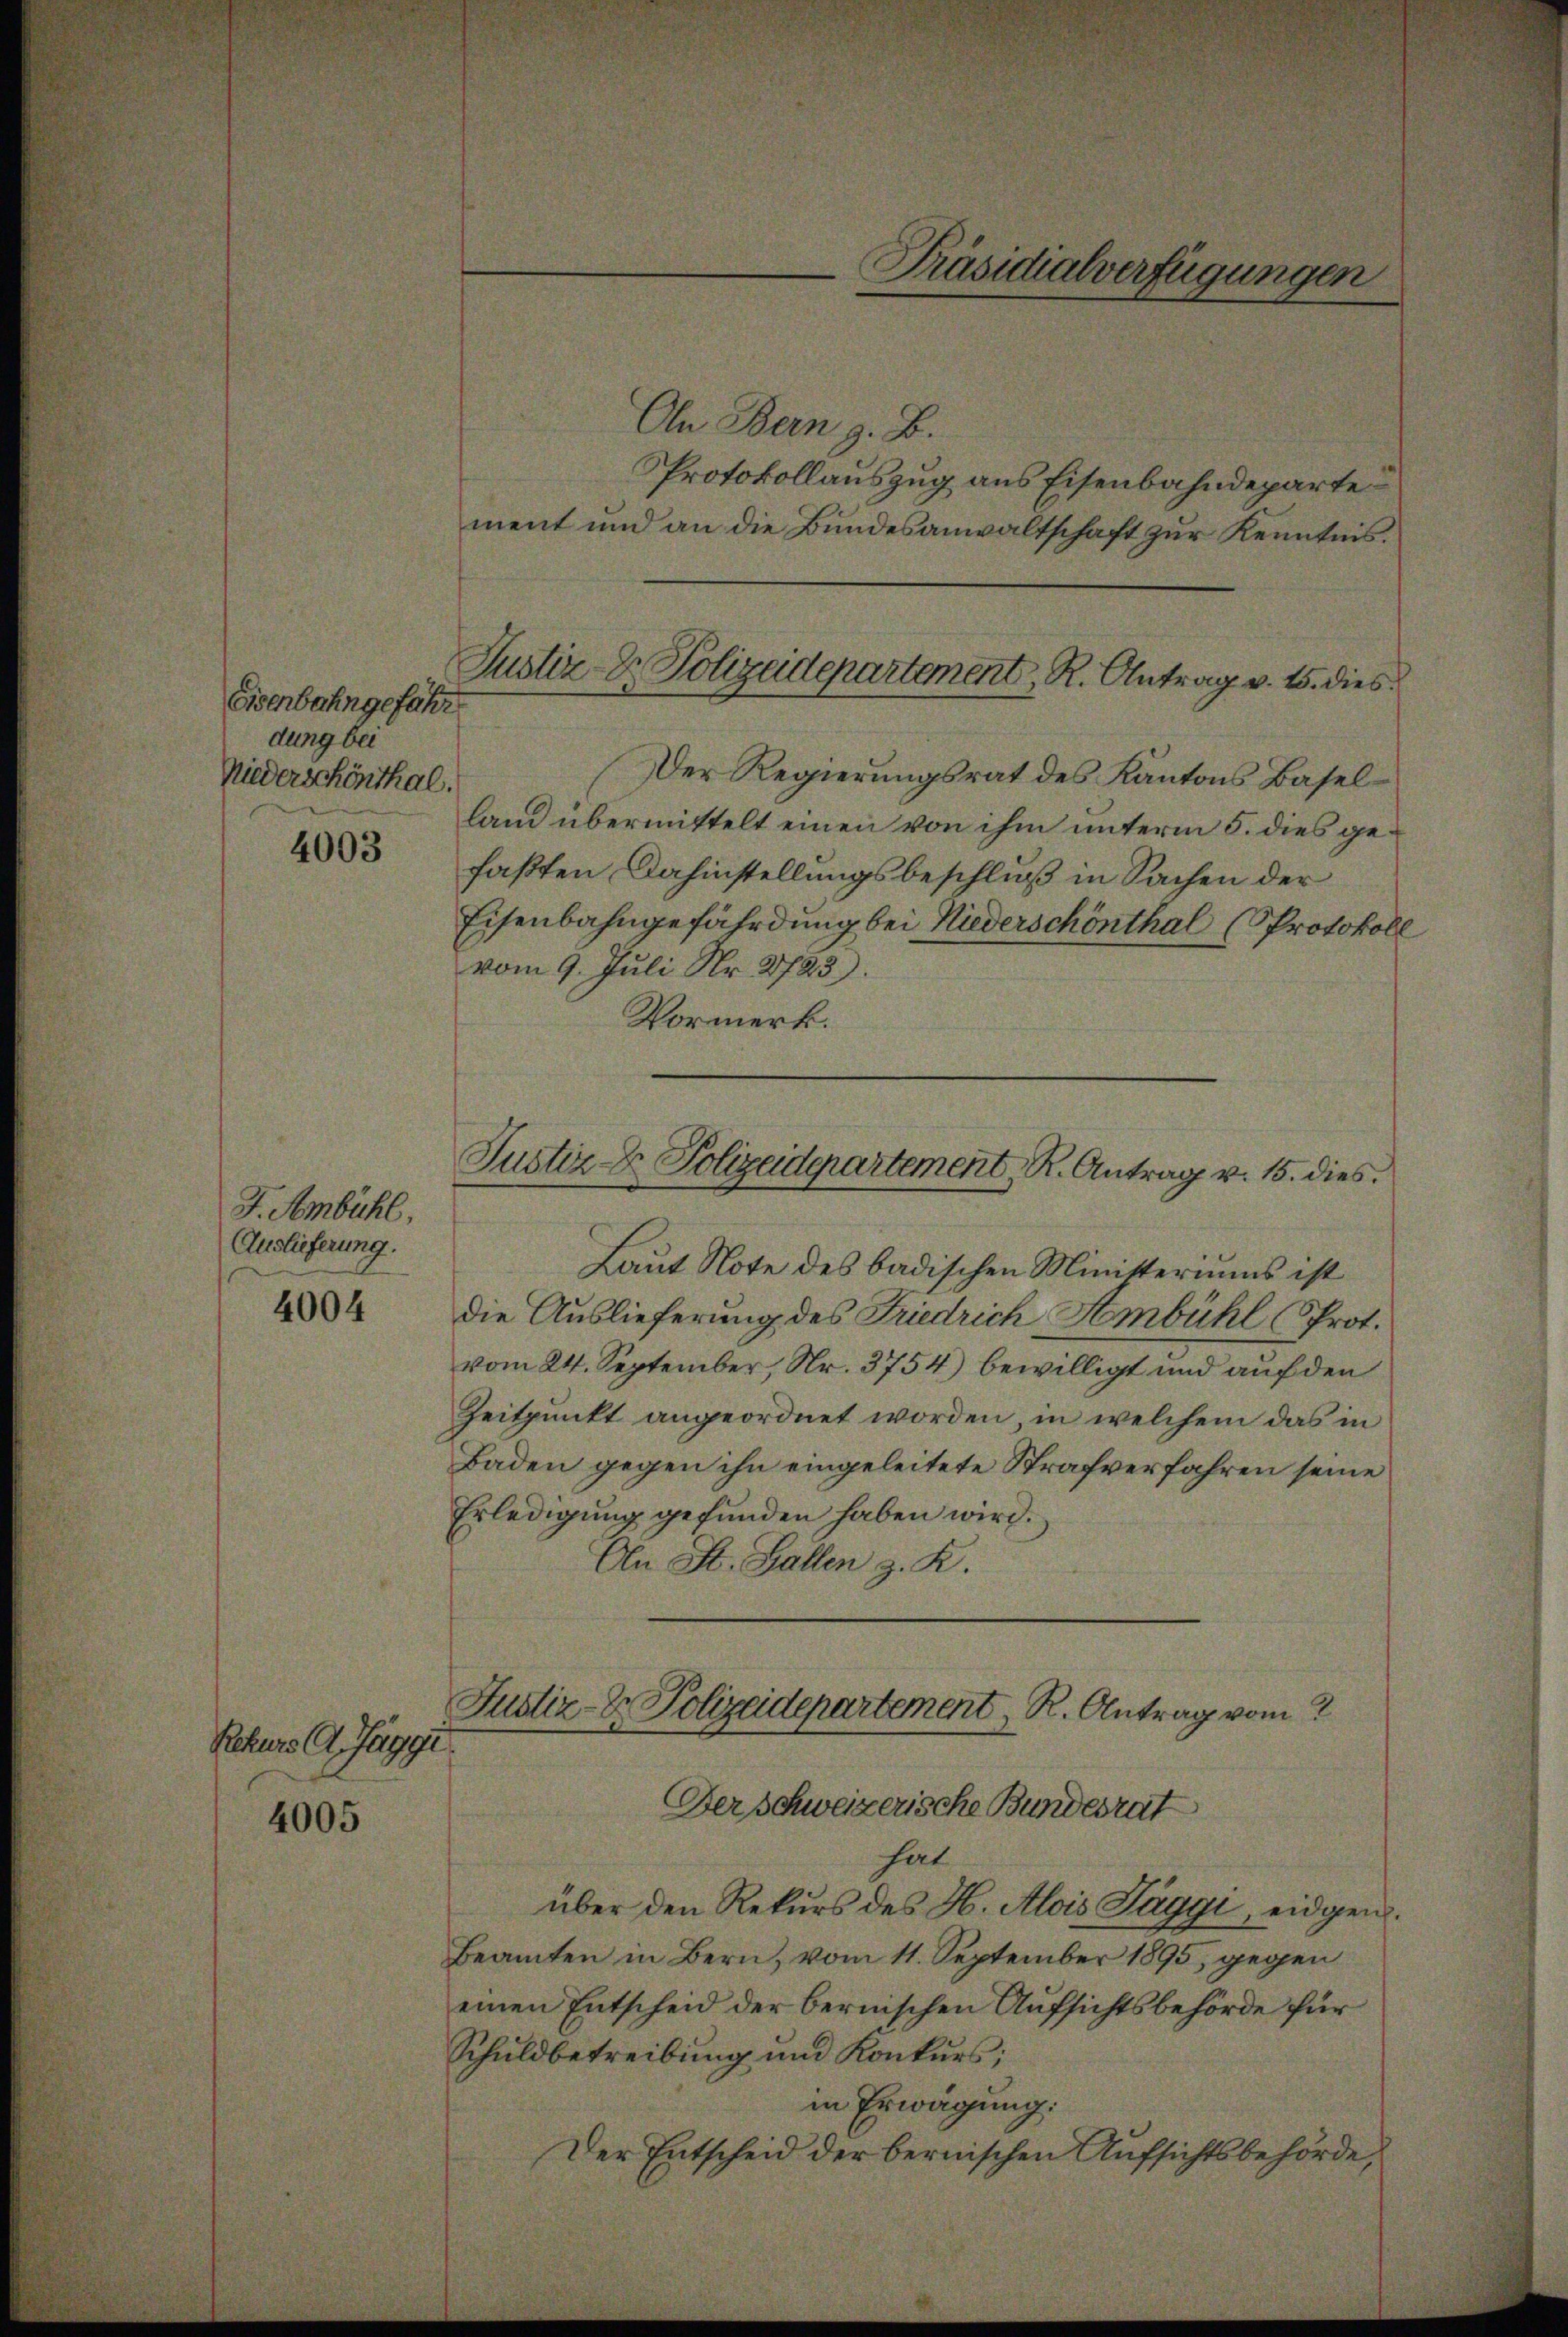
Eisenbahngefähr
dung bei
Niederschönthal.

4003

J. Ambühl,
Auslieferung.
4004

Rekurs G. Jaggi
4005

On Bern z. B.
Protokollauszug aus Eisenbahndeparte
ment und an die Bundesanwaltschaft zur Kenntnis.
Der Regierungsrat des Kantons Baselland übermittelt einen von ihm unterm 5. dies gefaßten Dahinstellungsbeschluß in Sachen der
Eisenbahngefährdung bei Niederschönthal (Protokoll
vom 9. Juli Nr. 2723).
Vormerk.

Justiz-Dr. Polizeidepartement, R. Antrag v. 15. dies

Justiz- & Polizeidepartement, R. Antrag v. 15. dies

Laut Note des badischen Ministeriums ist
die Auslieferung des Friedrich Ambühl (Prot.
vom 24. September, Nr. 3754) bewilligt und auf den
Zeitpunkt angeordnet worden, in welchem das in
Baden gegen ihn eingeleitete Strafverfahren seine
Erledigung gefunden haben wird.
An St. Gallen z. R.
Justiz- & Polizeidepartement, R. Antrag vom 2
Der Schweizerische Bundesrat
hat
über den Rekurs des H. Alois Taggi, eidgen.
Beamten in Bern, vom 11. September 1895, gegen
einen Entscheid der bernischen Aufsichtsbehörde für
Schuldbetreibung und Konkurs;
in Erwägung:
Der Entscheid der bernischen Aufsichtsbehörde,

Präsidialverfügungen